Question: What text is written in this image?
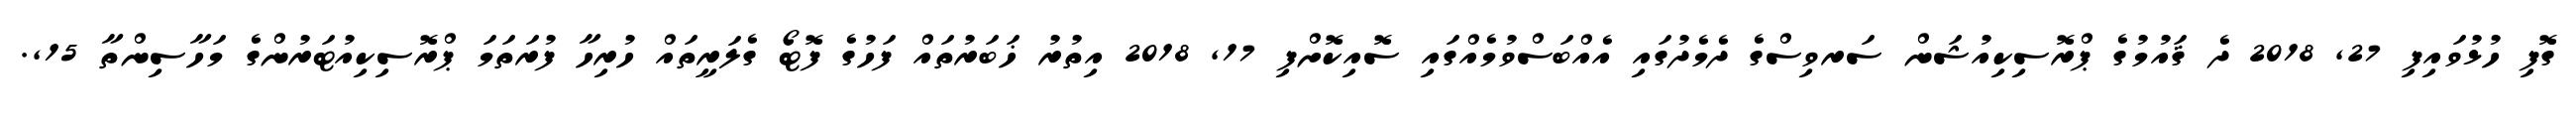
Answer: ގޮފި ހުޅުވައިފި 27, 2018 ދެ ޤައުމުގެ ޕްރޮސިކިއުޝަން ސަރވިސްގެ ދެމެދުގައި އެއްބަސްވުމެއްގައި ސޮއިކޮށްފި 17, 2018 އިތުރު ޚަބަރުތައް ފަހުގެ ފޮޓޯ ގެލަރީތައް ހުރިހާ ފުރަތަމަ ޕްރޮސިކިއުޓަރުންގެ މަހާސިންތާ 15,.